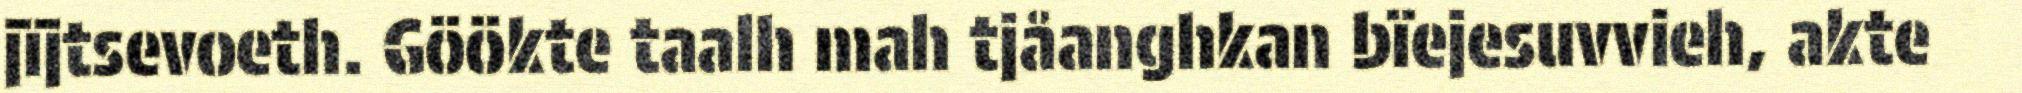
jïjtsevoeth. Göökte taalh mah tjåanghkan bïejesuvvieh, akte